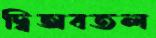
দ্বিঅবতল